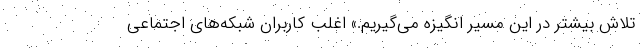
تلاش بیشتر در این مسیر انگیزه می‌گیریم.» اغلب کاربران شبکه‌های اجتماعی